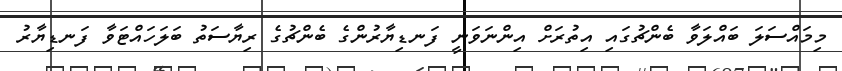
މިމައްސަލަ ބައްލަވާ ބެންޗުގައި އިތުރަށް އިންނަވަނީ ފަނޑިޔާރުންގެ ބެންޗުގެ ރިޔާސަތު ބަލަހައްޓަވާ ފަނޑިޔާރު